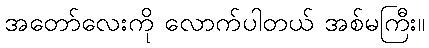
အတော်လေးကို လောက်ပါတယ် အစ်မကြီး။